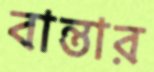
বান্তার